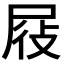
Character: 𭕞